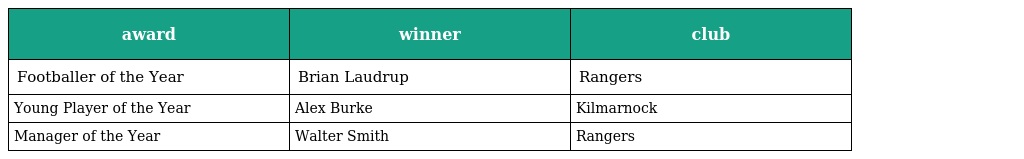
| award | winner | club |
 | --- | --- | --- |
 | Footballer of the Year | Brian Laudrup | Rangers |
 | Young Player of the Year | Alex Burke | Kilmarnock |
 | Manager of the Year | Walter Smith | Rangers |